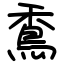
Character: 穒